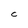
Character: C